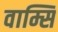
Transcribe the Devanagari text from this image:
वाम्सि